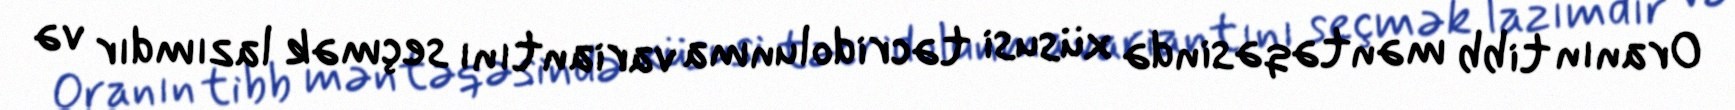
Oranın tibb məntəqəsində xüsusi təcridolunma variantını seçmək lazımdır və